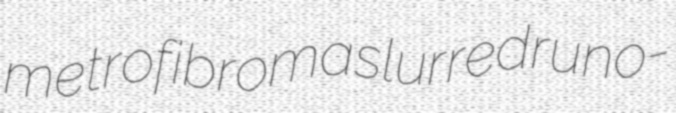
metrofibroma slurred runo-